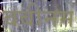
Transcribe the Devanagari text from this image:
बबीनम